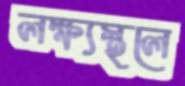
লক্ষ্যস্থলে